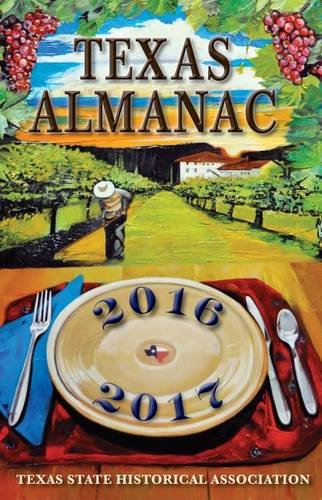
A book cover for Texas Almanac 2016-2017; Reference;